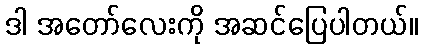
ဒါ အတော်လေးကို အဆင်ပြေပါတယ်။